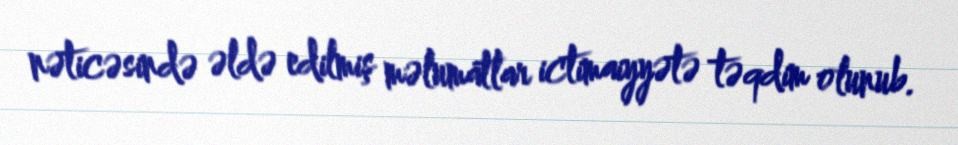
nəticəsində əldə edilmiş məlumatlar ictimaiyyətə təqdim olunub.